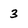
Character: 3